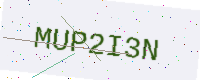
Text: MUP2I3N